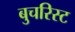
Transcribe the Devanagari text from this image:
बुचरिस्ट